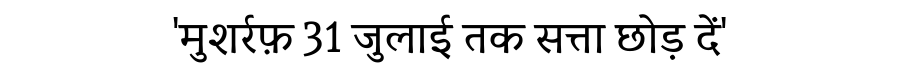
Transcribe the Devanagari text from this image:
'मुशर्रफ़ 31 जुलाई तक सत्ता छोड़ दें'